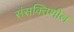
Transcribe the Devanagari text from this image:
संसक्तिशील